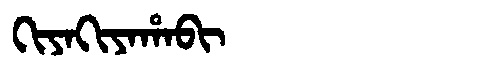
Manchu: ᡴᡳᠶᠠᡴᡳᠶᠠᡥᠠᠪᡳ
Romanization: KIYAKIYAHABI